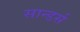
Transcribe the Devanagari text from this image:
सान्डर्स